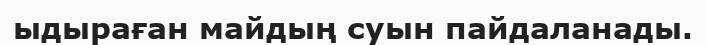
ыдыраған майдың суын пайдаланады.